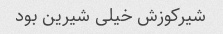
شیرکوزش خیلی شیرین بود